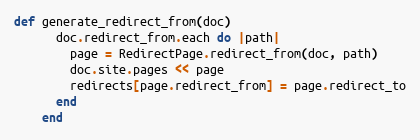
Language: Ruby
def generate_redirect_from(doc)
      doc.redirect_from.each do |path|
        page = RedirectPage.redirect_from(doc, path)
        doc.site.pages << page
        redirects[page.redirect_from] = page.redirect_to
      end
    end